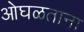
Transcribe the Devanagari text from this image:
ओघळताना